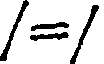
/=/